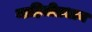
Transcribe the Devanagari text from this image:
माहितीप्रधान